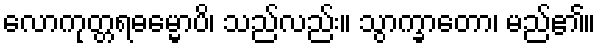
လောကုတ္တရဓမ္မောပိ၊ သည်လည်း။ သွာက္ခာတော၊ မည်၏။